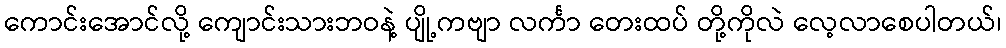
ကောင်းအောင်လို့ ကျောင်းသားဘဝနဲ့ ပျို့ကဗျာ လင်္ကာ တေးထပ် တို့ကိုလဲ လေ့လာစေပါတယ်၊